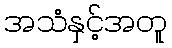
အသံနှင့်အတူ